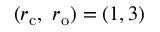
( r _ { \mathrm { { c } } } , \ r _ { \mathrm { { o } } } ) = ( 1 , 3 )